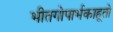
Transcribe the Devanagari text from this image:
भीतगोपार्भकाहूतो